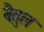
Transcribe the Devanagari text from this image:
बेैतुल